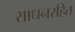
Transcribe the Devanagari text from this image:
साधनरहित